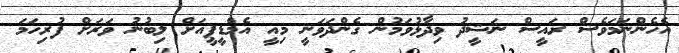
އެހެންނަމަވެސް ރައީސް ނަޝީދު ވިދާޅުވަމުން ގެންދަވަނީ މިއީ އެމްޑީޕީއަށް ލިބުނު ވަރަށް ފުރިހަމަ